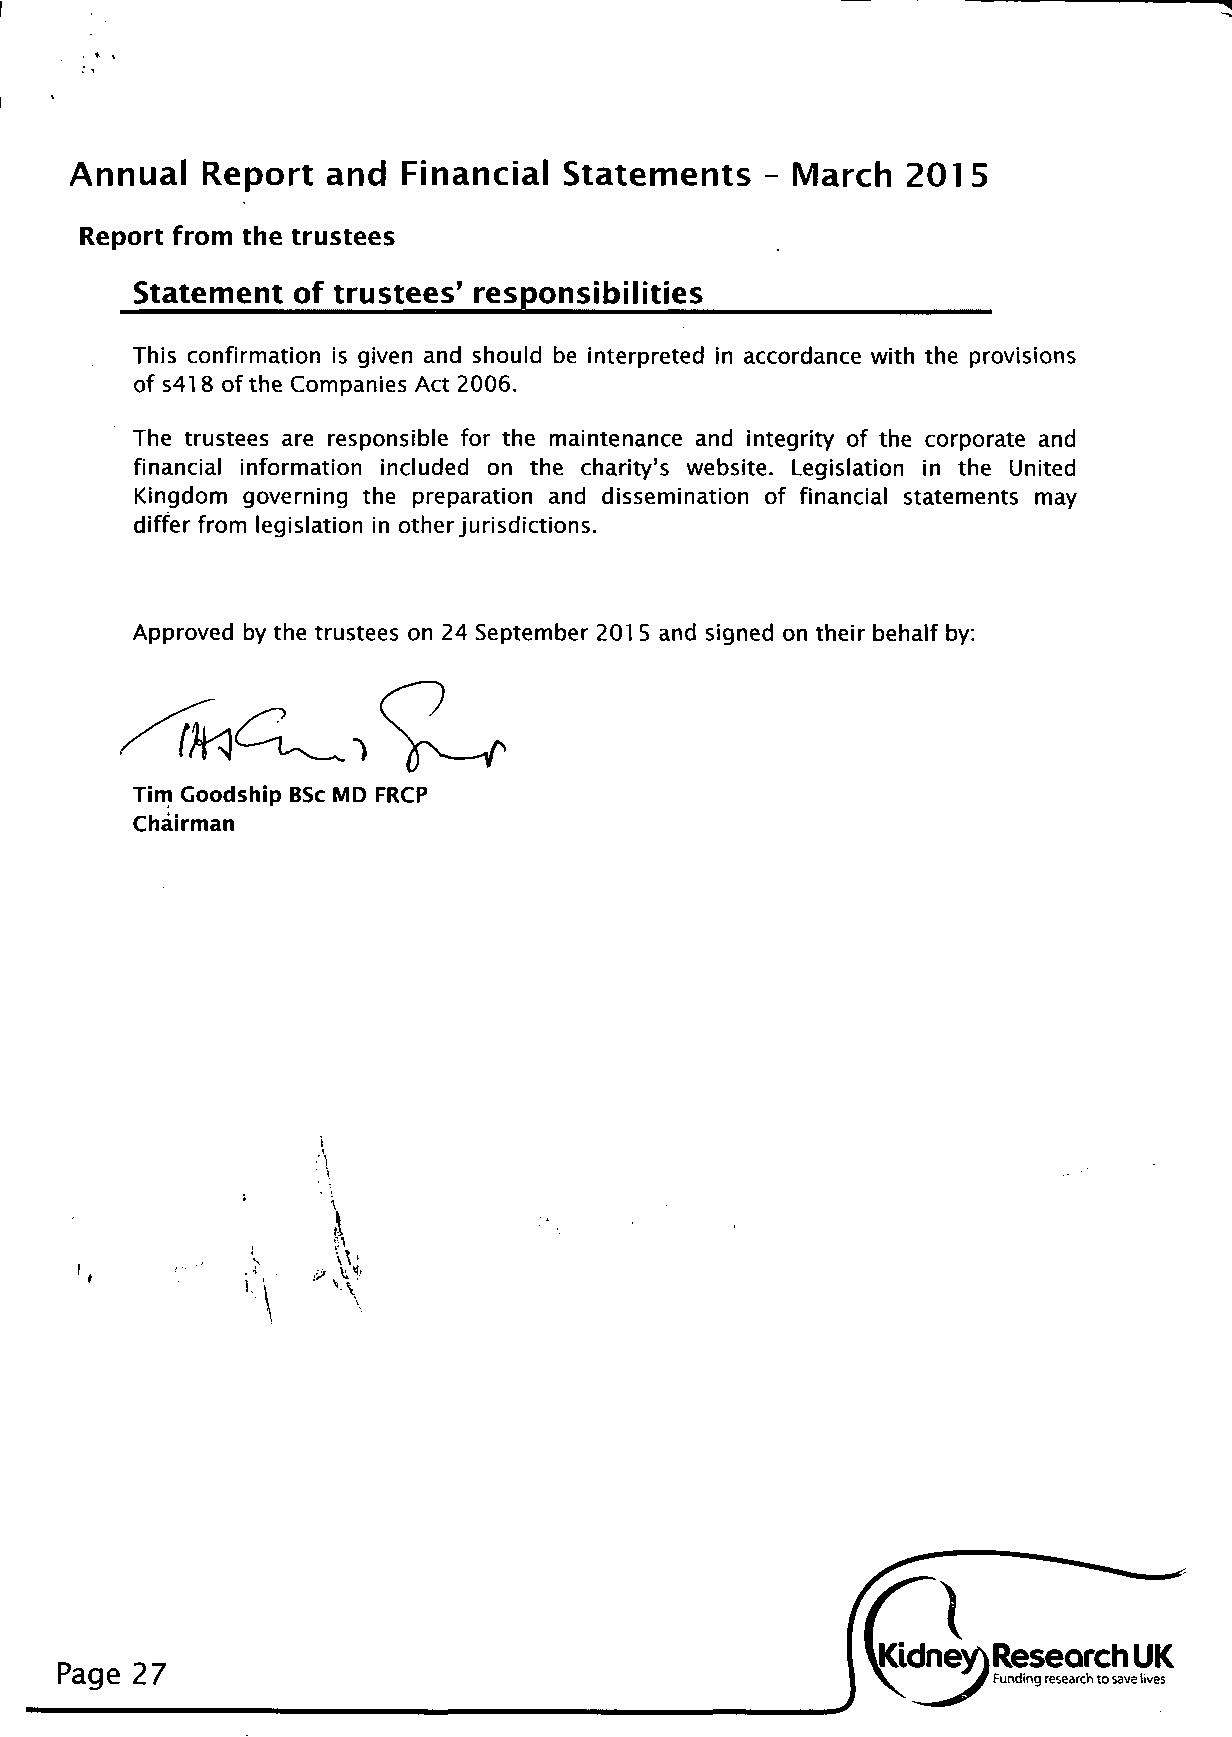
Annual  Report  and  Financial  Statements   - March   2015
 Report from the trustees
 Statement of trustees' responsibilities
 This confirmation is given and should be interpreted in accordance with the provisions
 of s418 of the Companies Act 2006.
 The trustees are responsible for the maintenance and integrity of the corporate and
 financial information included on the charity's website. Legislation in the United
 Kingdom governing the preparation and dissemination of financial statements may
 differ from legislation in other jurisdictions.
 Approved by the trustees on 24 September 201 5 and signed on their behalf by:
 Tim Goodship BSc MD FRCP
 Chairman
 Page 27